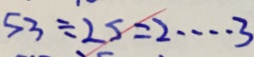
5 3 \div 2 5 = 2 \cdots 3